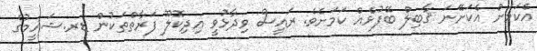
އެކަމަށް އެކަށޭނަ ޤާބިލް ބޭފުޅެއް ކަމަށެވެ. ރައީސް ވިދާޅުވީ އިދިކޮލޫ ފަރާތްތަކުން ޑރ.ޝަހީމުގެ